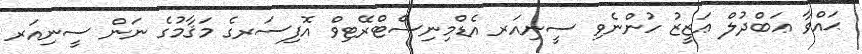
ޙައްވާ ޢަބްދުލް ޢަޒީޒު ހުންނެވި ސީނިއަރ އެޑްމިނިސްޓްރޭޓިވް އޮފިސަރގެ މަޤާމުގެ ނަން ސީނިއަރ